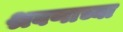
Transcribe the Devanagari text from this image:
श्रवणाच्या